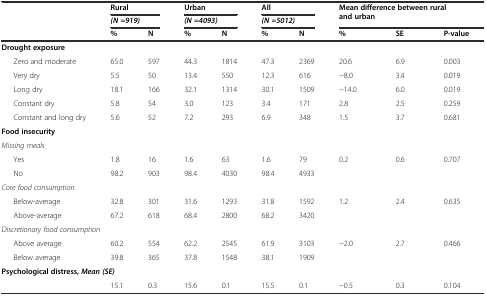
<table><thead><tr><td rowspan="2"></td><td colspan="2"><b>Rural</b></td><td colspan="2"><b>Urban</b></td><td colspan="2"><b>All</b></td><td rowspan="2" colspan="3"><b>Mean difference between rural and urban</b></td></tr><tr><td colspan="2"><b><i>(N =919)</i></b></td><td colspan="2"><b><i>(N =4093)</i></b></td><td colspan="2"><b><i>(N =5012)</i></b></td></tr><tr><td></td><td><b>%</b></td><td><b>N</b></td><td><b>%</b></td><td><b>N</b></td><td><b>%</b></td><td><b>N</b></td><td><b>%</b></td><td><b>SE</b></td><td><b>P-value</b></td></tr></thead><tbody><tr><td colspan="10"><b>Drought exposure</b></td></tr><tr><td>Zero and moderate</td><td>65.0</td><td>597</td><td>44.3</td><td>1814</td><td>47.3</td><td>2369</td><td>20.6</td><td>6.9</td><td>0.003</td></tr><tr><td>Very dry</td><td>5.5</td><td>50</td><td>13.4</td><td>550</td><td>12.3</td><td>616</td><td>-8.0</td><td>3.4</td><td>0.019</td></tr><tr><td>Long dry</td><td>18.1</td><td>166</td><td>32.1</td><td>1314</td><td>30.1</td><td>1509</td><td>-14.0</td><td>6.0</td><td>0.019</td></tr><tr><td>Constant dry</td><td>5.8</td><td>54</td><td>3.0</td><td>123</td><td>3.4</td><td>171</td><td>2.8</td><td>2.5</td><td>0.259</td></tr><tr><td>Constant and long dry</td><td>5.6</td><td>52</td><td>7.2</td><td>293</td><td>6.9</td><td>348</td><td>1.5</td><td>3.7</td><td>0.681</td></tr><tr><td colspan="10"><b>Food insecurity</b></td></tr><tr><td colspan="10"><i>Missing meals</i></td></tr><tr><td>Yes</td><td>1.8</td><td>16</td><td>1.6</td><td>63</td><td>1.6</td><td>79</td><td>0.2</td><td>0.6</td><td>0.707</td></tr><tr><td>No</td><td>98.2</td><td>903</td><td>98.4</td><td>4030</td><td>98.4</td><td>4933</td><td></td><td></td><td></td></tr><tr><td colspan="10"><i>Core food consumption</i></td></tr><tr><td>Below-average</td><td>32.8</td><td>301</td><td>31.6</td><td>1293</td><td>31.8</td><td>1592</td><td>1.2</td><td>2.4</td><td>0.635</td></tr><tr><td>Above-average</td><td>67.2</td><td>618</td><td>68.4</td><td>2800</td><td>68.2</td><td>3420</td><td></td><td></td><td></td></tr><tr><td colspan="10"><i>Discretionary food consumption</i></td></tr><tr><td>Above average</td><td>60.2</td><td>554</td><td>62.2</td><td>2545</td><td>61.9</td><td>3103</td><td>-2.0</td><td>2.7</td><td>0.466</td></tr><tr><td>Below average</td><td>39.8</td><td>365</td><td>37.8</td><td>1548</td><td>38.1</td><td>1909</td><td></td><td></td><td></td></tr><tr><td colspan="10"><b>Psychological distress,</b><b><i>Mean (SE)</i></b></td></tr><tr><td></td><td>15.1</td><td>0.3</td><td>15.6</td><td>0.1</td><td>15.5</td><td>0.1</td><td>-0.5</td><td>0.3</td><td>0.104</td></tr></tbody></table>